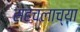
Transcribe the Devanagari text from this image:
सहचलाच्या